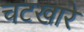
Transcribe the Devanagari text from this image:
चटखारे